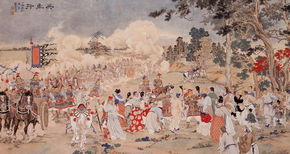
送子军中饮，家书醉里题。